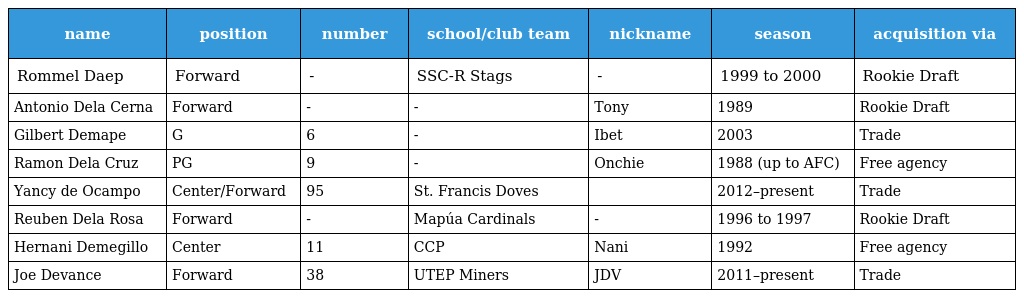
| name | position | number | school/club team | nickname | season | acquisition via |
 | --- | --- | --- | --- | --- | --- | --- |
 | Rommel Daep | Forward | - | SSC-R Stags | - | 1999 to 2000 | Rookie Draft |
 | Antonio Dela Cerna | Forward | - | - | Tony | 1989 | Rookie Draft |
 | Gilbert Demape | G | 6 | - | Ibet | 2003 | Trade |
 | Ramon Dela Cruz | PG | 9 | - | Onchie | 1988 (up to AFC) | Free agency |
 | Yancy de Ocampo | Center/Forward | 95 | St. Francis Doves |  | 2012–present | Trade |
 | Reuben Dela Rosa | Forward | - | Mapúa Cardinals | - | 1996 to 1997 | Rookie Draft |
 | Hernani Demegillo | Center | 11 | CCP | Nani | 1992 | Free agency |
 | Joe Devance | Forward | 38 | UTEP Miners | JDV | 2011–present | Trade |